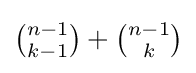
{\tbinom {n-1}{k-1}}+{\tbinom {n-1}{k}}